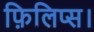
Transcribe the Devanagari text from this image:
फ़िलिप्स।